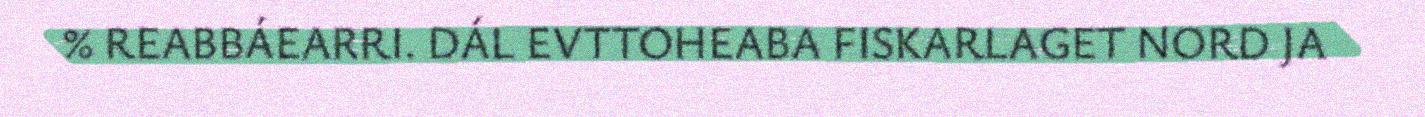
% REABBÁEARRI. DÁL EVTTOHEABA FISKARLAGET NORD JA